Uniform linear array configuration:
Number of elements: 64
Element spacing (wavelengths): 1
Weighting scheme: binomial
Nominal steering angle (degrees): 45
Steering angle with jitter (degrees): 43.165
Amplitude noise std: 0.05
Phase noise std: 0.05

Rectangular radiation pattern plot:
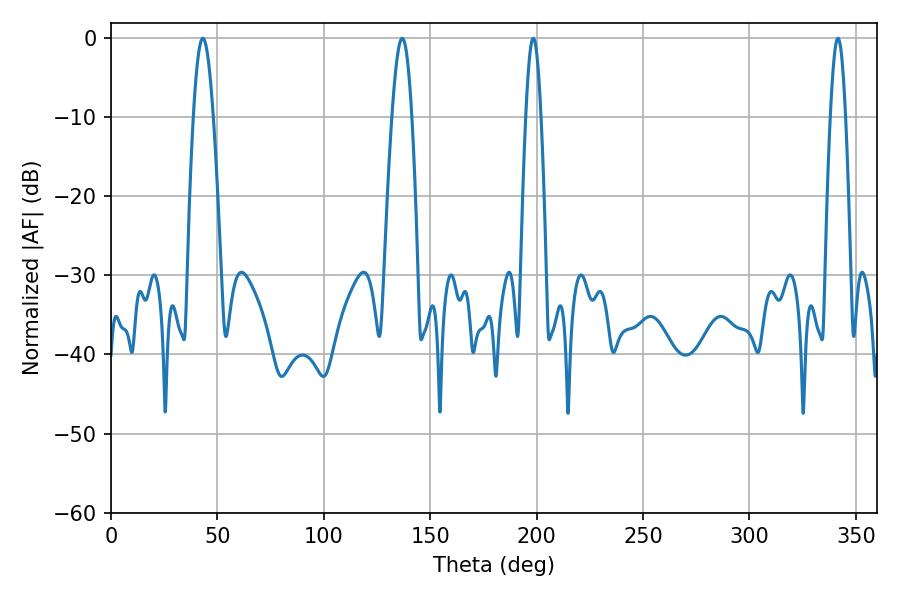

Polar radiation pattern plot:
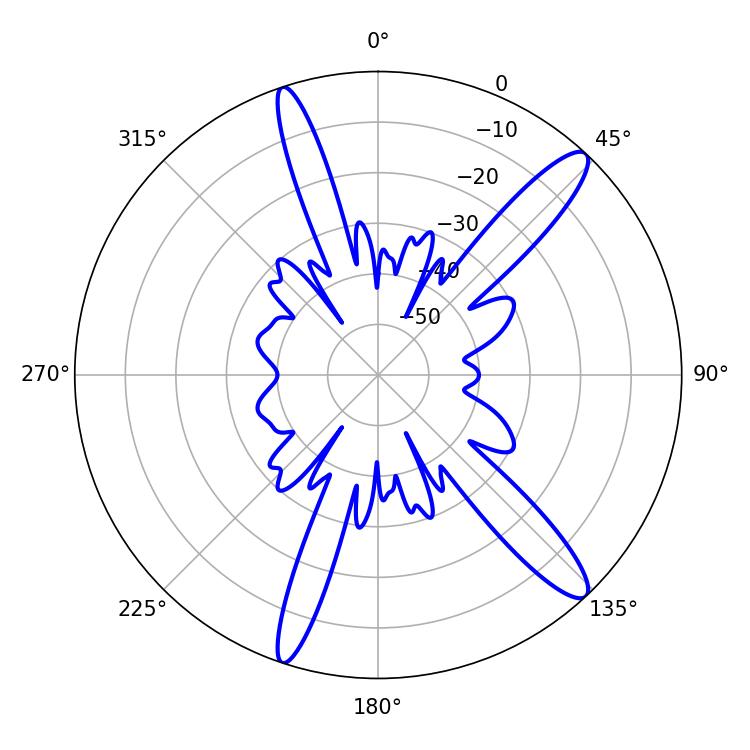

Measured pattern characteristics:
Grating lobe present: TRUE
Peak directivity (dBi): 13.702
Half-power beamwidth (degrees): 5.04
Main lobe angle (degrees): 136.8